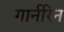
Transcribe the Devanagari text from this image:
गार्नरिन